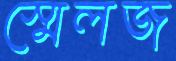
স্মেলজ